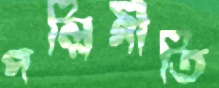
পল্লিগীতি